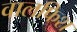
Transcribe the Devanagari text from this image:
वालफिश